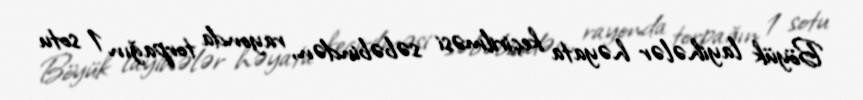
Böyük layihələr həyata keçirilməsi səbəbindən, rayonda torpağın 1 sotu